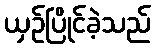
ယှဉ်ပြိုင်ခဲ့သည်